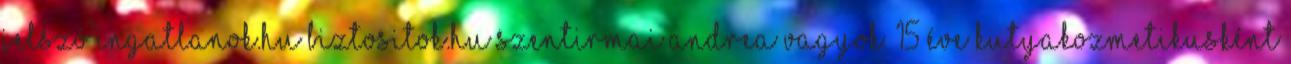
jelszó Ingatlanok.hu Biztositok.hu Szentirmai Andrea vagyok. 15 éve kutyakozmetikusként